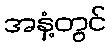
အနှံ့တွင်